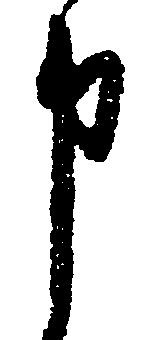
申